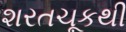
શરતચૂકથી